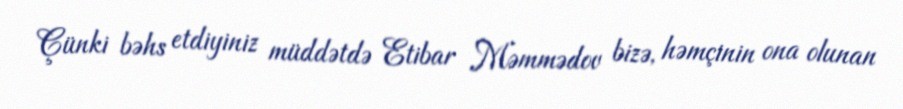
Çünki bəhs etdiyiniz müddətdə Etibar Məmmədov bizə, həmçinin ona olunan